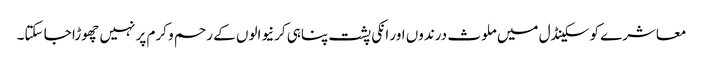
معاشرے کو سکینڈل میں ملوث درندوں اور انکی پشت پناہی کرنیوالوں کے رحم و کرم پر نہیں چھوڑا جا سکتا۔